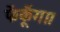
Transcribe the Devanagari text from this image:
फेंकूँगा।